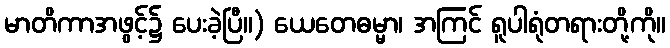
မာတိကာအဖွင့်၌ ပေးခဲ့ပြီ။) ယေတေဓမ္မာ၊ အကြင် ရူပါရုံတရားတို့ကို။